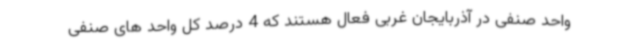
واحد صنفی در آذربایجان غربی فعال هستند که 4 درصد کل واحد های صنفی